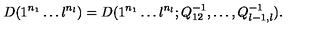
D ( 1 ^ { n _ { 1 } } \ldots l ^ { n _ { l } } ) = D ( 1 ^ { n _ { 1 } } \ldots l ^ { n _ { l } } ; Q _ { 1 2 } ^ { - 1 } , \ldots , Q _ { l - 1 , l } ^ { - 1 } ) .